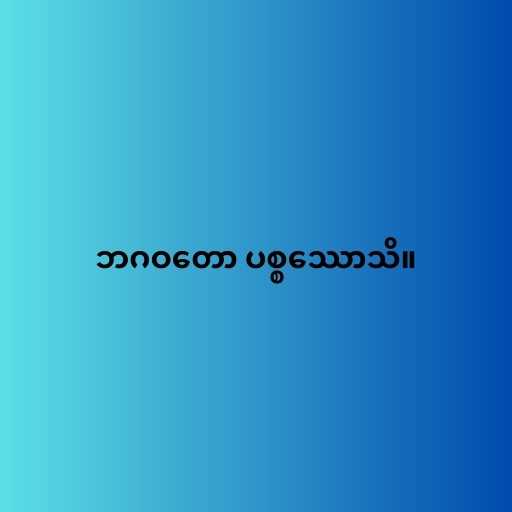
ဘဂဝတော ပစ္စဿောသိ။